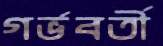
গর্ভবর্তী